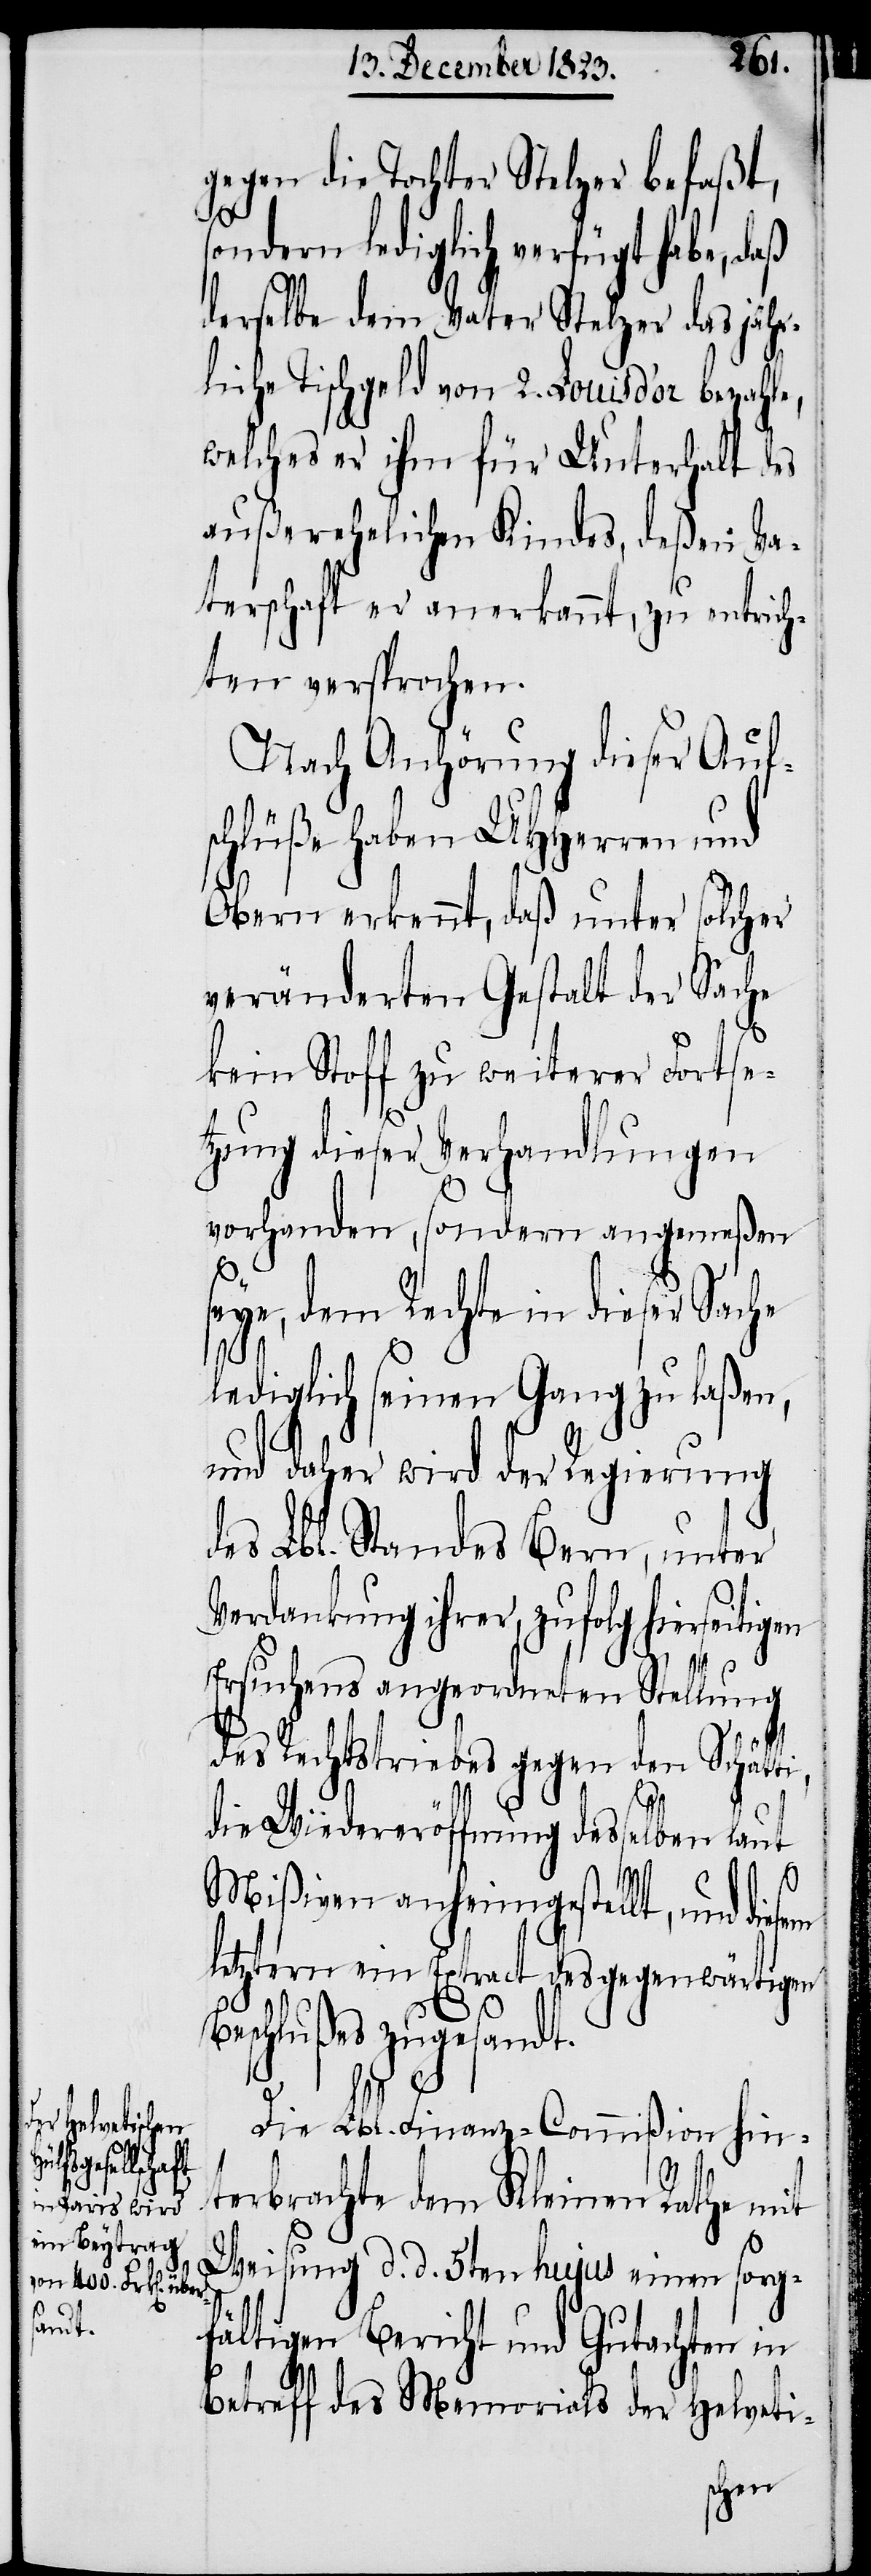
gegen die Tochter Stelzer befaßt,
ondern lediglich verfügt habe, daß
derselbe dem Vater Stelzer das jähr¬
liche Tischgeld von 2. Louis d’or bezahle,
welches er ihm für Unterhalt des
außerehelichen Kindes, deßen Va¬
terschaft er anerkannt, zu entrich¬
ten versprochen.
Nach Anhörung dieser Auf¬
schlüße haben UHHerren und
Obern erkennt, daß unter solcher
veränderten Gestalt der Sache
kein Stoff zu weiterer Fortse¬
tzung dieser Verhandlungen
vorhanden, sondern angemeßen
seye, dem Rechte in dieser Sache
lediglich seinen Gang zu laßen,
und daher wird der Regierung
des Lbl. Standes Bern, unter
Verdankung ihrer, zufolg hierseiti¬
Ersuchens angeordneten Stellung
des Rechtstriebes gegen den Schät¬
die Wiedereröffnung desselben lau¬
t
Mißiven anheimgestellt, und die¬
letztern ein Extract des gegenwärtigen
s¬
Beschlußes zugesandt.
sem
Die Lbl. Finanz-Commißion hin¬
terbrachte dem Kleinen Rathe mit
Weisung d. d. 5ten hujus einen sorg¬
fältigen Bericht und Gutachten in
Betreff des Memorials der Helveti-